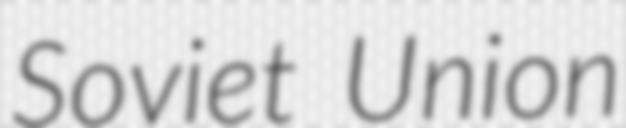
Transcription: Soviet Union